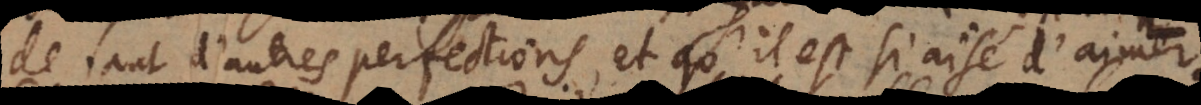
de tant d’autres perfections, et qu’il est si aisé d’aimer: